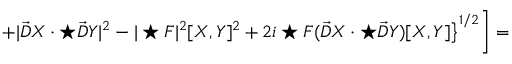
\left. \left. + | \vec { D } X \cdot \star \vec { D } Y | ^ { 2 } - | \star F | ^ { 2 } [ X , Y ] ^ { 2 } + 2 i \star F ( \vec { D } X \cdot \star \vec { D } Y ) [ X , Y ] \right\} ^ { 1 / 2 } \right] =